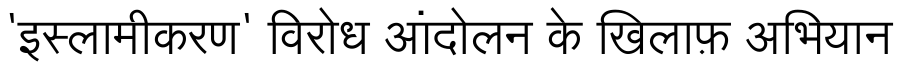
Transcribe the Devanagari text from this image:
'इस्लामीकरण' विरोध आंदोलन के खिलाफ़ अभियान